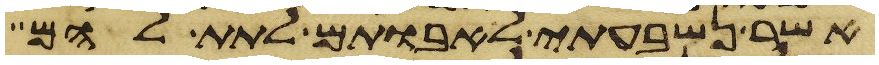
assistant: אשר נשבעתי לאבותם לתת להם